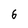
Character: 6